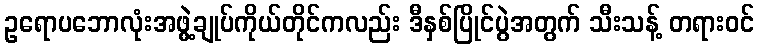
ဥရောပဘောလုံးအဖွဲ့ချုပ်ကိုယ်တိုင်ကလည်း ဒီနှစ်ပြိုင်ပွဲအတွက် သီးသန့် တရားဝင်